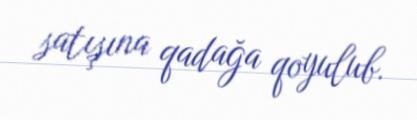
satışına qadağa qoyulub.